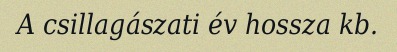
A csillagászati év hossza kb.